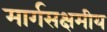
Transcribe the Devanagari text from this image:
मार्गसक्षमीय